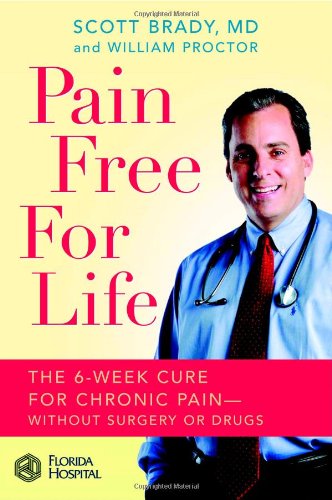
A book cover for Pain Free for Life: The 6-Week Cure for Chronic Pain--Without Surgery or Drugs; Scott Brady; Health, Fitness & Dieting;